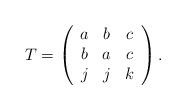
LaTeX: \begin{align*}T=\left(\begin{array}{ccc}a & b & c \\b & a & c \\j & j & k\end{array}\right) .\end{align*}